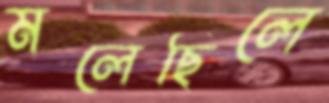
মলেছিলে